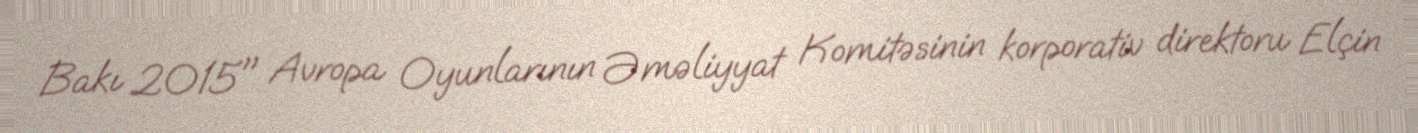
Bakı 2015" Avropa Oyunlarının Əməliyyat Komitəsinin korporativ direktoru Elçin